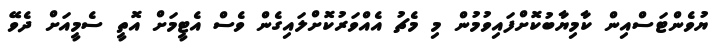
ޔުވެންޓަސްއިން ކާމިޔާބުކޮށްފައިވުމުން މި މެޗު އެއްވަރުކޮށްލައިގެން ވެސް އެޓީމަށް އޮތީ ސެމީއަށް ދެވޭ